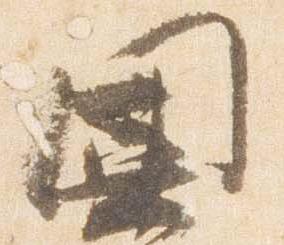
園